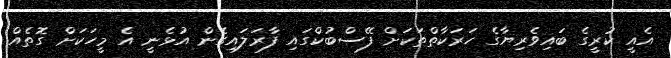
އެއީ ކުރީގެ ބައިވެރިޔާގެ ހަރަކާތްތަކަށް ފޭސްބުކްގައި ފާރަލައިގެން އުޅެނީ އެ މީހަކަށް ގޮތެއް